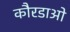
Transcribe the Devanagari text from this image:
कौरडाओ